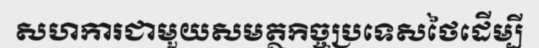
សហការជាមួយសមត្ថកិច្ចប្រទេសថៃដើម្បី